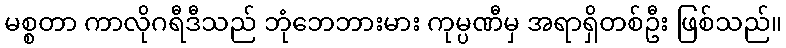
မစ္စတာ ကာလိုဂရီဒီသည် ဘုံဘေဘားမား ကုမ္ပဏီမှ အရာရှိတစ်ဦး ဖြစ်သည်။